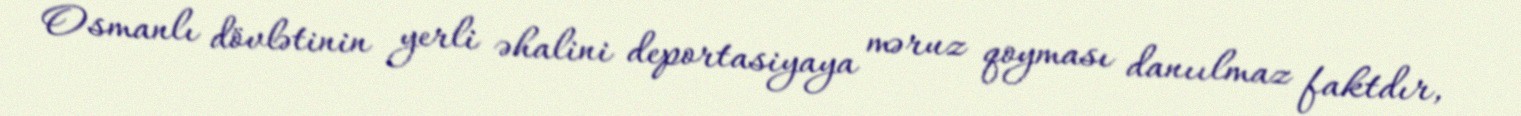
Osmanlı dövlətinin yerli əhalini deportasiyaya məruz qoyması danıılmaz faktdır,